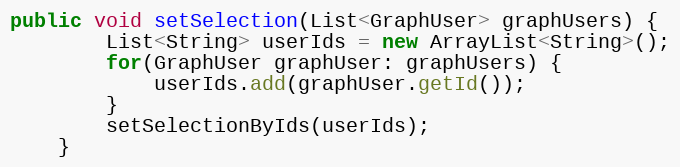
Language: Java
public void setSelection(List<GraphUser> graphUsers) {
        List<String> userIds = new ArrayList<String>();
        for(GraphUser graphUser: graphUsers) {
            userIds.add(graphUser.getId());
        }
        setSelectionByIds(userIds);
    }